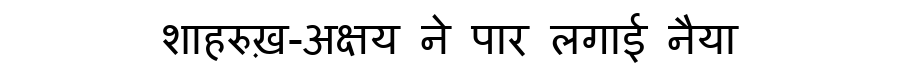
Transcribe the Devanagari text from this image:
शाहरुख़-अक्षय ने पार लगाई नैया